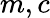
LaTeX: m,c